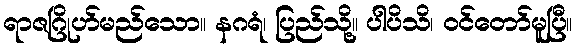
ရာဇဂြိုဟ်မည်သော။ နဂရံ၊ ပြည်သို့။ ပါပိသိ၊ ဝင်တော်မူပြီ။